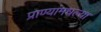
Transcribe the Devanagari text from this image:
प्राण्यांमधल्या